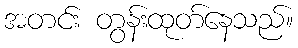
အတင်း တွန်းထုတ်နေသည်။